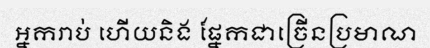
អ្នករាប់ ហើយនិង ផ្នែកជាច្រើនប្រមាណ